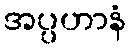
အပ္ပဟာနံ